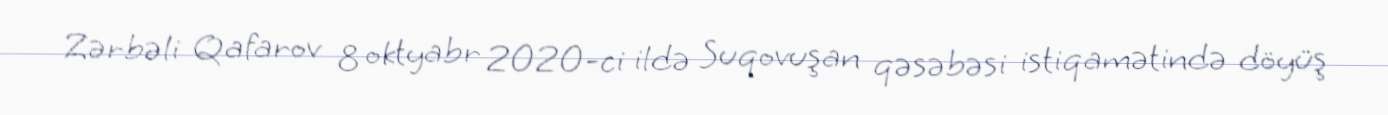
Zərbəli Qafarov 8 oktyabr 2020-ci ildə Suqovuşan qəsəbəsi istiqamətində döyüş